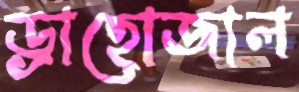
ড্রাহোজাল